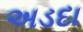
અડદા